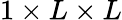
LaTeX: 1\times L\times L